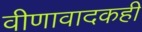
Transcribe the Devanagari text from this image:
वीणावादकही